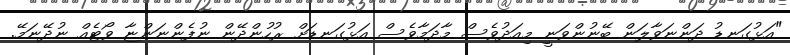
"އަޅުގަނޑު ދަންނަވާލަން ބޭނުންވަނީ މިއަދުވެސް މާދަމާވެސް އަޅުގަނޑަށް ރުހުންދޭން ނުފެންނަންޏާ ވޯޓެއް ނުދޭނަމޭ.